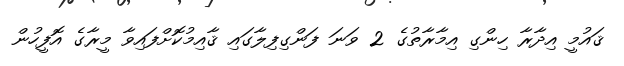
ޤައުމީ އިދާރާ ހިންގި އިމާރާތުގެ 2 ވަނަ ފަންގިފިލާގައި ޤާއިމުކޮށްފައިވާ މީރާގެ އޮފީހުން